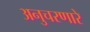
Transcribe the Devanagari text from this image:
अनुचरणारे